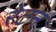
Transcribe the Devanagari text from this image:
रेटन